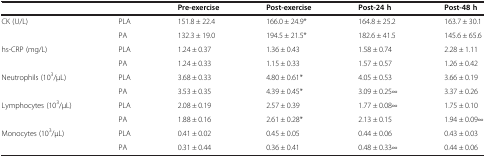
| <COLSPAN=2>  | Pre-exercise | Post-exercise | Post-24 h | Post-48 h |
 | --- | --- | --- | --- | --- | --- |
 | <ROWSPAN=2> CK (U/L) | PLA | 151.8 ± 22.4 | 166.0 ± 24.9* | 164.8 ± 25.2 | 163.7 ± 30.1 |
 | PA | 132.3 ± 19.0 | 194.5 ± 21.5* | 182.6 ± 41.5 | 145.6 ± 65.6 |
 | <ROWSPAN=2> hs-CRP (mg/L) | PLA | 1.24 ± 0.37 | 1.36 ± 0.43 | 1.58 ± 0.74 | 2.28 ± 1.11 |
 | PA | 1.24 ± 0.33 | 1.15 ± 0.33 | 1.57 ± 0.57 | 1.26 ± 0.42 |
 | <ROWSPAN=2> Neutrophils (103/μL) | PLA | 3.68 ± 0.33 | 4.80 ± 0.61* | 4.05 ± 0.53 | 3.66 ± 0.19 |
 | PA | 3.53 ± 0.35 | 4.39 ± 0.45* | 3.09 ± 0.25∞ | 3.37 ± 0.26 |
 | <ROWSPAN=2> Lymphocytes (103/μL) | PLA | 2.08 ± 0.19 | 2.57 ± 0.39 | 1.77 ± 0.08∞ | 1.75 ± 0.10 |
 | PA | 1.88 ± 0.16 | 2.61 ± 0.28* | 2.13 ± 0.15 | 1.94 ± 0.09∞ |
 | <ROWSPAN=2> Monocytes (103/μL) | PLA | 0.41 ± 0.02 | 0.45 ± 0.05 | 0.44 ± 0.06 | 0.43 ± 0.03 |
 | PA | 0.31 ± 0.44 | 0.36 ± 0.41 | 0.48 ± 0.33∞ | 0.44 ± 0.06 |